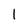
Character: 1